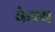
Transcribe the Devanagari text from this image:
केश्य